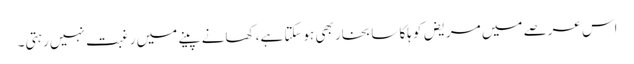
اس عرصے میں مریض کو ہلکا سا بخار بھی ہوسکتا ہے، کھانے پینے میں رغبت نہیں رہتی۔